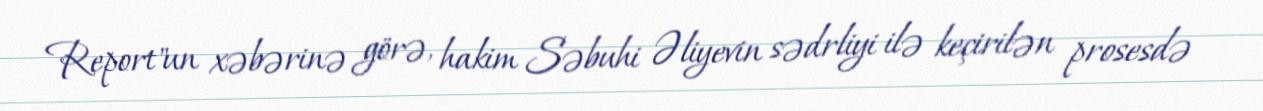
Report"un xəbərinə görə, hakim Səbuhi Əliyevin sədrliyi ilə keçirilən prosesdə